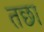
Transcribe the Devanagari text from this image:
तछा